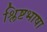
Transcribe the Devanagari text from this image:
श्लिष्टभाषा